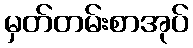
မှတ်တမ်းစာအုပ်